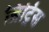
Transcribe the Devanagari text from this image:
ब्रिट्रिस